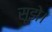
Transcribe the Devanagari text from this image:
सूझे।